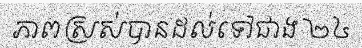
ភាពស្រស់បានដល់ទៅជាង ២៤